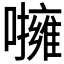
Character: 𡃵